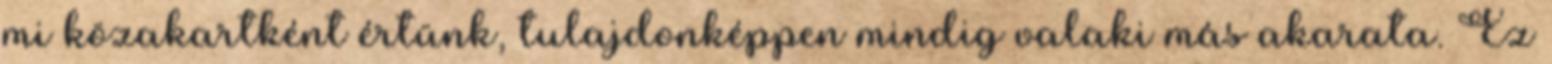
mi közakartként értünk, tulajdonképpen mindig valaki más akarata. Ez